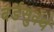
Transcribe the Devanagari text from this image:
वर्डसुवर्थ